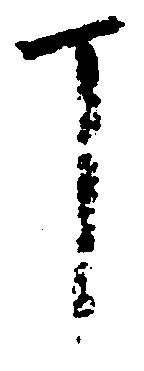
丁